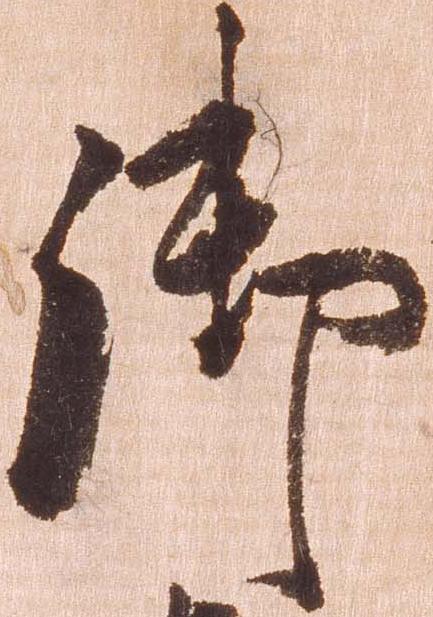
御